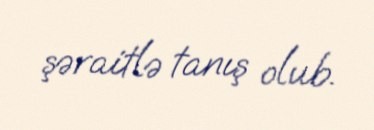
şəraitlə tanış olub.